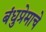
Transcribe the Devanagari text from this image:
बंधुप्रेमाचे